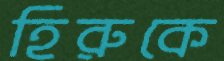
হিরুকে